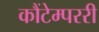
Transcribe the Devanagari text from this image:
कौंटेम्पररी